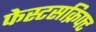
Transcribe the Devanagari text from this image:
फेस्टसक्रिफ्ट